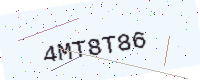
Text: 4MT8T86